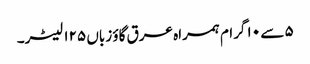
۵ سے ۱۰ گرام ہمراہ عرق گاؤ زباں ۱۲۵ لیٹر۔